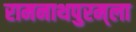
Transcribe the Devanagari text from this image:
रामनाथपुरम्‌ला